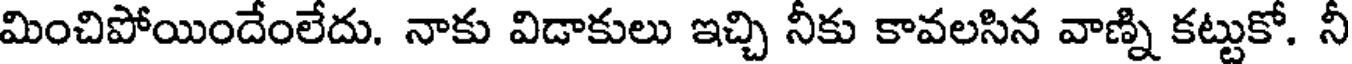
మించిపోయిందేంలేదు. నాకు విడాకులు ఇచ్చి నీకు కావలసిన వాణ్ని కట్టుకో. నీ